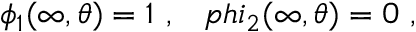
\phi _ { 1 } ( \infty , \theta ) = 1 \ , \ \ \, p h i _ { 2 } ( \infty , \theta ) = 0 \ ,